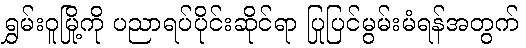
ရွှမ်းဝူမြို့ကို ပညာရပ်ပိုင်းဆိုင်ရာ ပြုပြင်မွမ်းမံရန်အတွက်